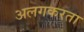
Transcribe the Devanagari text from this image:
अलगकरता